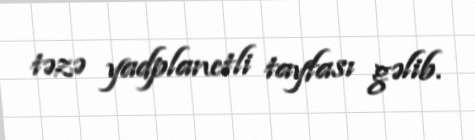
təzə yadplanetli tayfası gəlib.